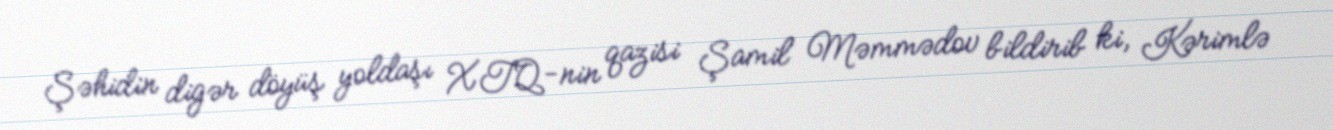
Şəhidin digər döyüş yoldaşı XTQ-nin qazisi Şamil Məmmədov bildirib ki, Kərimlə